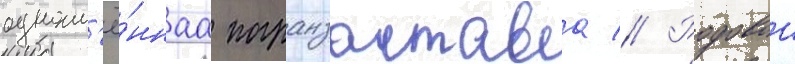
одноим'ё́ннаа погранзастава // Родовои